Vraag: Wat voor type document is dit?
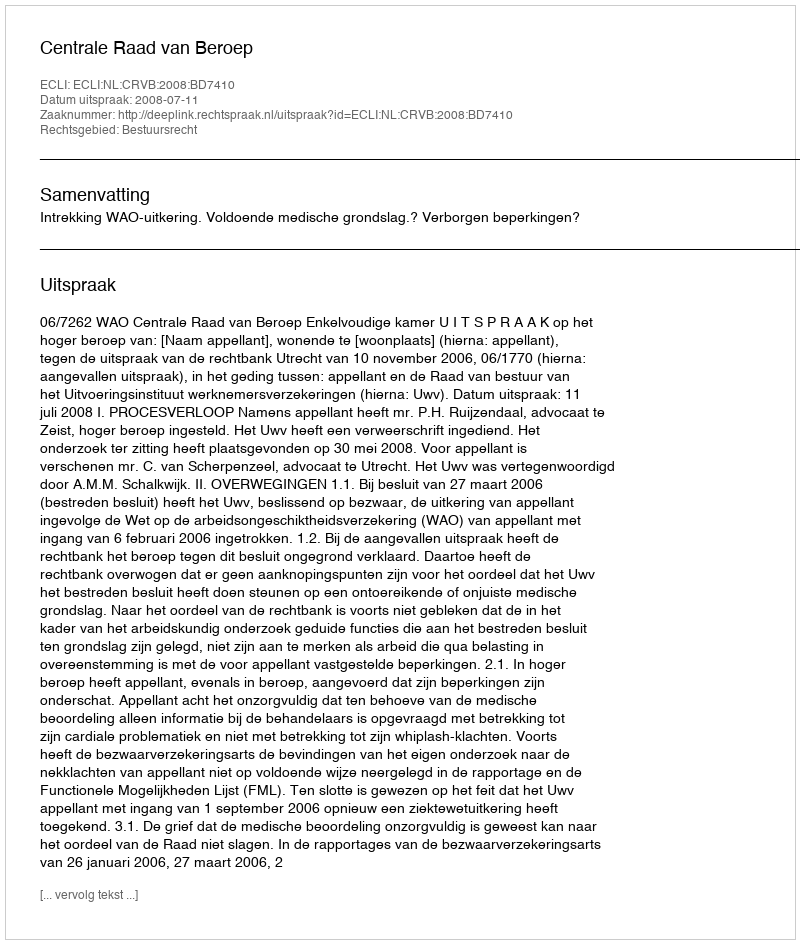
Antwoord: Uitspraak